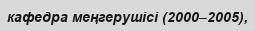
кафедра меңгерушісі (2000–2005),